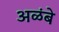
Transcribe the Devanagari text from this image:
अळंबे